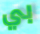
بي